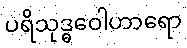
ပရိသုဒ္ဓဝေါဟာရော